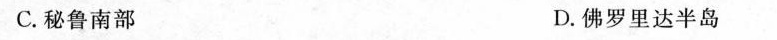
C.秘鲁南部 D.佛罗里达半岛